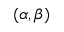
( \alpha , \beta )